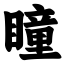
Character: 瞳